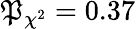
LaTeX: \mathfrak{P}_{\chi^{2}}=0.37